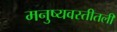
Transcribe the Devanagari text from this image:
मनुष्यवस्तीतली